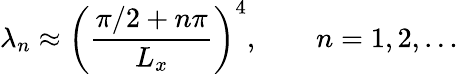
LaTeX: \lambda_{n}\approx\left(\frac{\pi/2+n\pi}{L_{x}}\right)^{4},\qquad n=1,2,\ldots